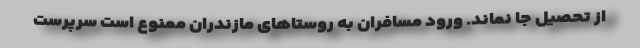
از تحصیل جا نماند. ورود مسافران به روستاهای مازندران ممنوع است سرپرست